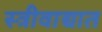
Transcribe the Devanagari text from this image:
स्त्रीवाद्यात